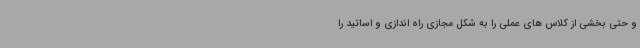
و حتی بخشی از کلاس های عملی را به شکل مجازی راه اندازی و اساتید را